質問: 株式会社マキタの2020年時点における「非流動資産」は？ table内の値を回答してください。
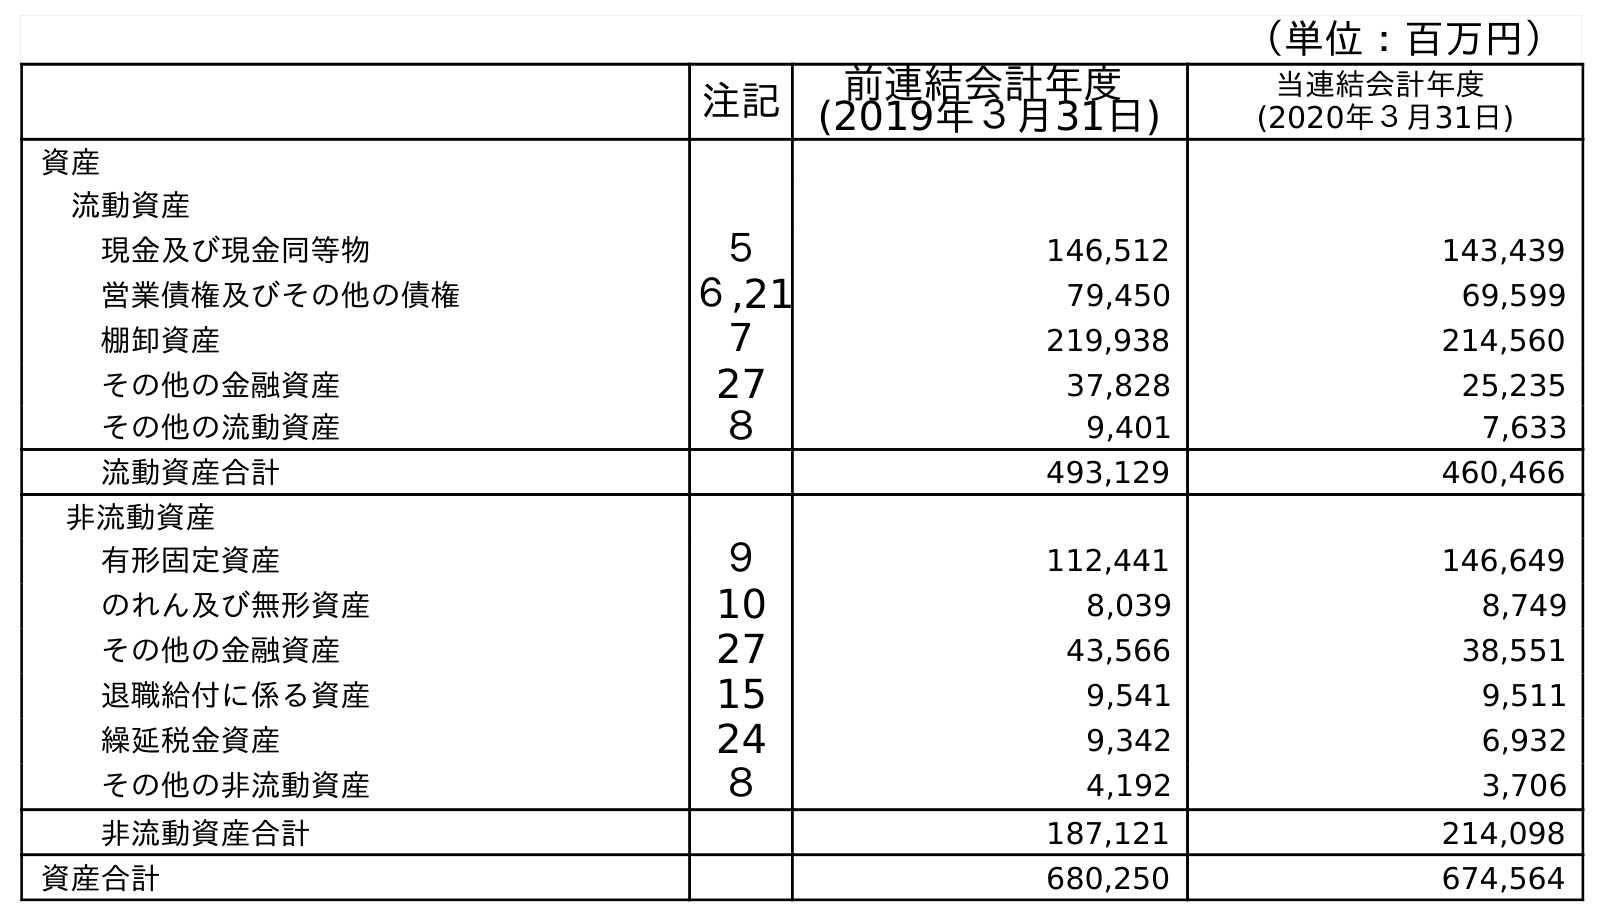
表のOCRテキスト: （単位：百万円） 注記 前連結会計年度 (2019年３月31日) 当連結会計年度 (2020年３月31日) 資産 流動資産 現金及び現金同等物 ５ 146,512 143,439 営業債権及びその他の債権 ６,21 79,450 69,599 棚卸資産 ７ 219,938 214,560 その他の金融資産 27 37,828 25,235 その他の流動資産 ８ 9,401 7,633 流動資産合計 493,129 460,466 非流動資産 有形固定資産 ９ 112,441 146,649 のれん及び無形資産 10 8,039 8,749 その他の金融資産 27 43,566 38,551 退職給付に係る資産 15 9,541 9,511 繰延税金資産 24 9,342 6,932 その他の非流動資産 ８ 4,192 3,706 非流動資産合計 187,121 214,098 資産合計 680,250 674,564
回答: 214,098